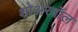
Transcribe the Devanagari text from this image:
शोअरवॉल